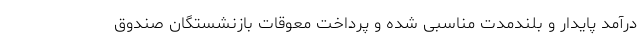
درآمد پایدار و بلندمدت مناسبی شده و پرداخت معوقات بازنشستگان صندوق